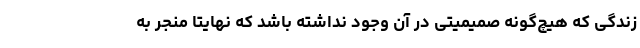
زندگی که هیچ‌گونه صمیمیتی در آن وجود نداشته باشد که نهایتا منجر به